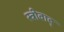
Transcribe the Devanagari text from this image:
स्त्रीवाद्